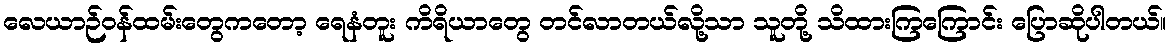
လေယာဉ်ဝန်ထမ်းတွေကတော့ ရေနံတူး ကိရိယာတွေ တင်လာတယ်လို့သာ သူတို့ သိထားကြကြောင်း ပြောဆိုပါတယ်။